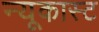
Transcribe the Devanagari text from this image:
न्यूकास्ट